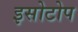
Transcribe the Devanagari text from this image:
इसोटोप